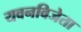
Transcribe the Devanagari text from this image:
यवनविजेता